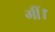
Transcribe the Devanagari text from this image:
गीं।